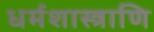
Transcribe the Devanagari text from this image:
धर्मशास्त्राणि